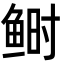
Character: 鲥